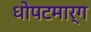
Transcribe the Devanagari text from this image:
धोपटमार्ग